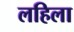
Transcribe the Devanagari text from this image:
लहिला